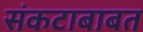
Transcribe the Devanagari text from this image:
संकटाबाबत